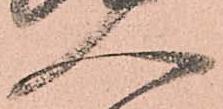
人